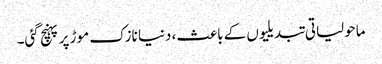
ماحولیاتی تبدیلیوں کے باعث، دنیا نازک موڑ پر پہنچ گئی۔